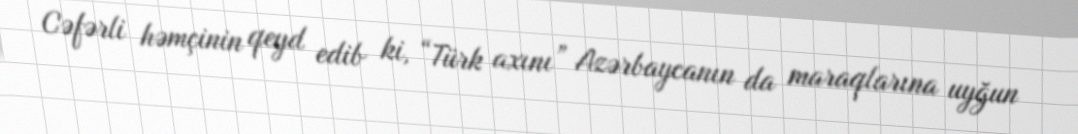
Cəfərli həmçinin qeyd edib ki, “Türk axını” Azərbaycanın da maraqlarına uyğun